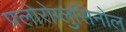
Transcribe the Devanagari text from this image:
फ्लोरोग्लुसिनोल